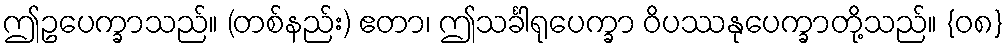
ဤဥပေက္ခာသည်။ (တစ်နည်း) ဧတာ၊ ဤသင်္ခါရုပေက္ခာ ဝိပဿနုပေက္ခာတို့သည်။ {၀၈}